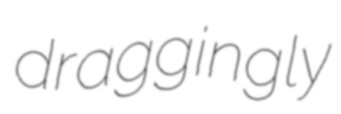
draggingly